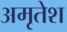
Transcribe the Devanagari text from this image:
अमृतेश